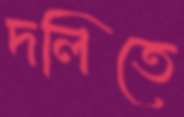
দলিতে